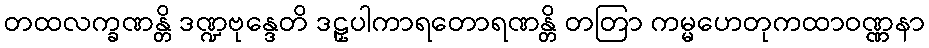
တထလက္ခဏန္တိ ဒဏ္ဍဗုန္ဒေတိ ဒဠှပါကာရတောရဏန္တိ တတြာ ကမ္မဟေတုကထာဝဏ္ဏနာ